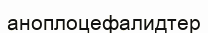
аноплоцефалидтер